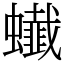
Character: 䘂